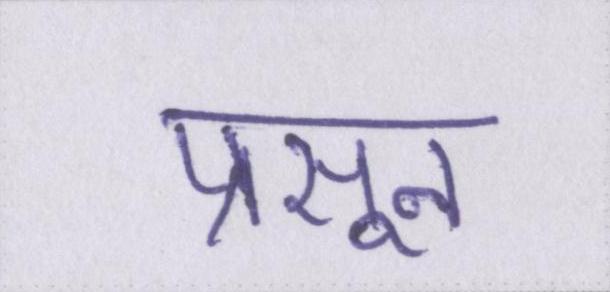
प्रसून